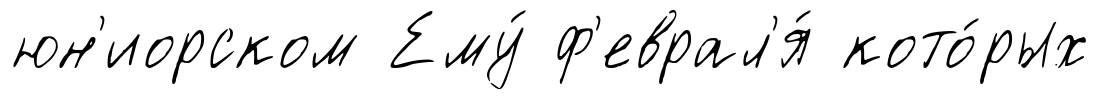
юн'иорском Ему́ ф'еврал'я́ кото́рых